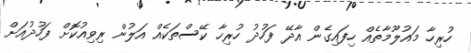
ހުރިހާ މައުލޫމާތެއް ހިފައިގެން އާދޭ ފަހުދު ހުރިހާ ކޭސްތަކެއް އަލުން ރިވިއުކޮށް ފަހުދުއަށް